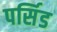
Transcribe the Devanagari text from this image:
पर्सिड